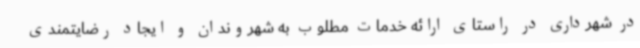
در شهرداری در راستای ارائه خدمات مطلوب به شهروندان و ایجاد رضایتمندی